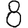
Digit: 8